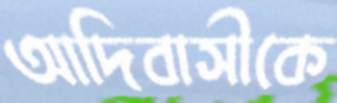
আদিবাসীকে